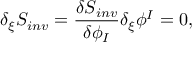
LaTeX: \delta _ { \xi } { \cal S } _ { i n v } = { \frac { \delta { \cal S } _ { i n v } } { \delta \phi _ { I } } } \delta _ { \xi } \phi ^ { I } = 0 ,